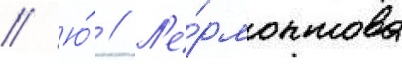
// Ю́ // Л'е́рмонтова